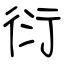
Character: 衍